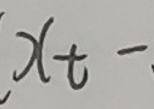
$x_{t}-$